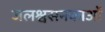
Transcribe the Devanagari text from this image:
जलश्वसनकाओं